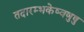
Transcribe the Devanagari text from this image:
तदारम्भकेष्वणुषु